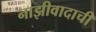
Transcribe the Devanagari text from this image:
नाझीवादाची